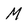
Character: M